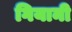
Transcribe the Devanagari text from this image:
गियानी